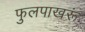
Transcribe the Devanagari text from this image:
फुलपाखरूं